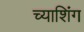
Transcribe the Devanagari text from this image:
च्याशिंग